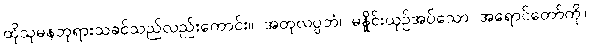
ထိုသုမနဘုရားသခင်သည်လည်းကောင်း။ အတုလပ္ပဘံ၊ မနှိုင်းယှဉ်အပ်သော အရောင်တော်ကို။